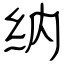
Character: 纳